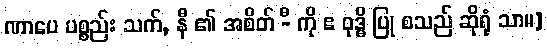
ဏာပေ ပစ္စည်း သက်, နီ ၏ အစိတ် -ီ ကို ဧ ဝုဒ္ဓိ ပြု စသည် ဆိုရုံ သာ။]